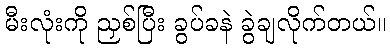
မီးလုံးကို ညှစ်ပြီး ခွပ်ခနဲ ခွဲချလိုက်တယ်။